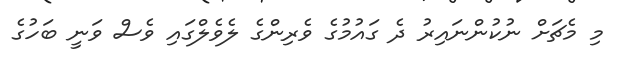
މި މެޗަށް ނުކުންނައިރު ދެ ގައުމުގެ ވެރިންގެ ލެވެލްގައި ވެސް ވަނީ ބަހުގެ